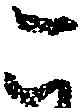
こ